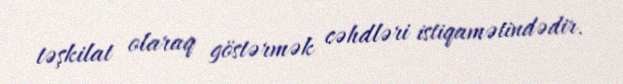
təşkilat olaraq göstərmək cəhdləri istiqamətindədir.